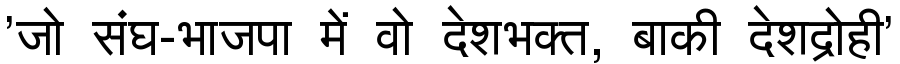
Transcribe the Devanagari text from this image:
'जो संघ-भाजपा में वो देशभक्त, बाकी देशद्रोही'